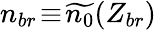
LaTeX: n_{br}\! \equiv\! \widetilde{n_{0}}(Z_{br})